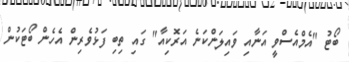
ބޯޓު "އެމްއެސްވީ އަނާއި ވައިލަންކަނެ އަރޮކިއާ" ގައި ތިބި ފަޅުވެރިން އެހެން ބޯޓަކުން